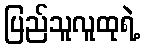
ပြည်သူလူထုရဲ့